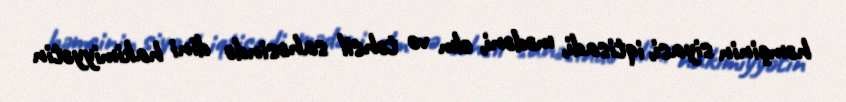
həmçinin siyasi, iqtisadi, mədəni, elm və təhsil sahəsində dini hakimiyyətin